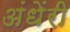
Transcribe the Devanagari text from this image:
अंधेंरी